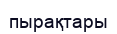
пырақтары